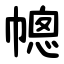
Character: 幒